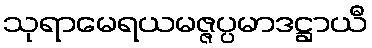
သုရာမေရယမဇ္ဇပ္ပမာဒဋ္ဌာယီ